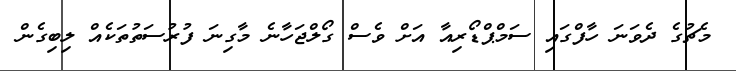
މެޗުގެ ދެވަނަ ހާފްގައި ސަމްޕްޑޯރިއާ އަށް ވެސް ގޯލްޖަހާނެ މާގިނަ ފުރުސަތުތަކެއް ލިބިގެން